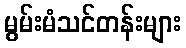
မွမ်းမံသင်တန်းများ